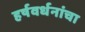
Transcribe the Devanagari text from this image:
हर्षवर्धनांचा